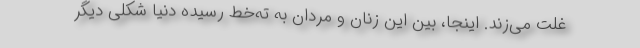
غلت می‌زند. اینجا، بین این زنان و مردان به ته‌خط رسیده دنیا شکلی دیگر